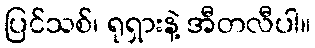
ပြင်သစ်၊ ရုရှားနဲ့ အီတလီပါ။